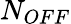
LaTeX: N_{OFF}